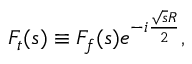
F _ { t } ( s ) \equiv F _ { f } ( s ) e ^ { - i \frac { \sqrt { s } R } { 2 } } ,